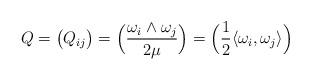
LaTeX: \begin{align*}Q=\big(Q_{ij}\big)=\Big(\frac{\omega_i\wedge\omega_j}{2\mu}\Big) = \Big(\frac{1}{2}\langle\omega_i, \omega_j\rangle\Big)\end{align*}